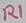
Text: R1